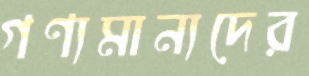
গণ্যমান্যদের